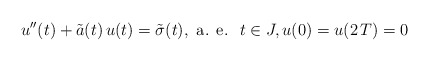
\begin{align*}u^{\prime\prime}(t)+\tilde{a}(t)\,u(t)=\tilde{\sigma}(t),\mbox{ a. e. }\;t\in J,u(0)=u(2\,T)=0\end{align*}